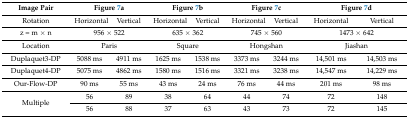
<table><thead><tr><td><b>Image Pair</b></td><td colspan="2"><b>Figure 7a</b></td><td colspan="2"><b>Figure 7b</b></td><td colspan="2"><b>Figure 7c</b></td><td colspan="2"><b>Figure 7d</b></td></tr></thead><tbody><tr><td>Rotation</td><td>Horizontal</td><td>Vertical</td><td>Horizontal</td><td>Vertical</td><td>Horizontal</td><td>Vertical</td><td>Horizontal</td><td>Vertical</td></tr><tr><td>z = m × n</td><td colspan="2">956 × 522</td><td colspan="2">635 × 362</td><td colspan="2">745 × 560</td><td colspan="2">1473 × 642</td></tr><tr><td>Location</td><td colspan="2">Paris</td><td colspan="2">Square</td><td colspan="2">Hongshan</td><td colspan="2">Jiashan</td></tr><tr><td>Duplaquet3-DP</td><td>5088 ms</td><td>4911 ms</td><td>1625 ms</td><td>1538 ms</td><td>3373 ms</td><td>3244 ms</td><td>14,501 ms</td><td>14,503 ms</td></tr><tr><td>Duplaquet4-DP</td><td>5075 ms</td><td>4862 ms</td><td>1580 ms</td><td>1516 ms</td><td>3321 ms</td><td>3238 ms</td><td>14,547 ms</td><td>14,229 ms</td></tr><tr><td>Our-Flow-DP</td><td>90 ms</td><td>55 ms</td><td>43 ms</td><td>24 ms</td><td>76 ms</td><td>44 ms</td><td>201 ms</td><td>98 ms</td></tr><tr><td rowspan="2">Multiple</td><td>56</td><td>89</td><td>38</td><td>64</td><td>44</td><td>74</td><td>72</td><td>148</td></tr><tr><td>56</td><td>88</td><td>37</td><td>63</td><td>43</td><td>73</td><td>72</td><td>145</td></tr></tbody></table>